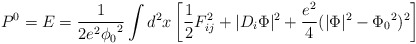
\begin{align*}P^0 = E = \frac{1}{2 e^2{\phi_0}^2}\int d^2x \left[ \frac{1}{2}F^2_{ij} + \vert D_i\Phi\vert^2+ \frac{e^2}{4}(\vert\Phi\vert^2 - {\Phi_0}^2)^2 \right]\end{align*}